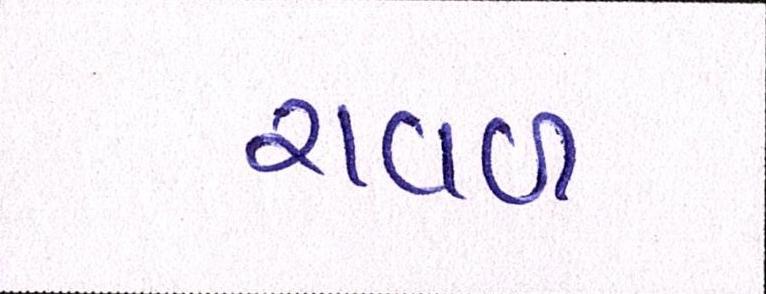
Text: રાવળ